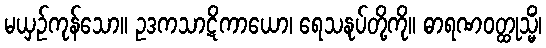
မယှဉ်ကုန်သော။ ဥဒကသာဋိကာယော၊ ရေသနုပ်တို့ကို။ ဓာရဏဝတ္ထုသ္မိံ၊